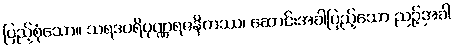
ပြည့်စုံသော။ သရဒပရိပုဏ္ဏရဇနိကဿ၊ ဆောင်းအခါပြည့်သော ညဉ့်အခါ